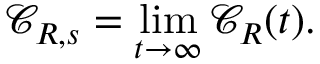
{ \mathcal C } _ { R , s } = \operatorname* { l i m } _ { t \rightarrow \infty } { \mathcal C } _ { R } ( t ) .